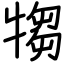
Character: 犓